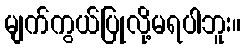
မျက်ကွယ်ပြုလို့မရပါဘူး။